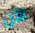
الآن